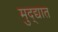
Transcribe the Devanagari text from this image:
मुद्द्यात